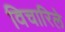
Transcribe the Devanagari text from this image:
विचारिले